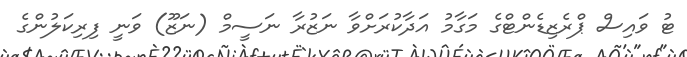
ޓު ވައިސް ޕްރެޒިޑެންޓްގެ މަގާމު އަދާކުރަށްވާ ނަޒުރާ ނަސީމް (ނަޒޫ) ވަނީ ފިރިކަލުންގެ